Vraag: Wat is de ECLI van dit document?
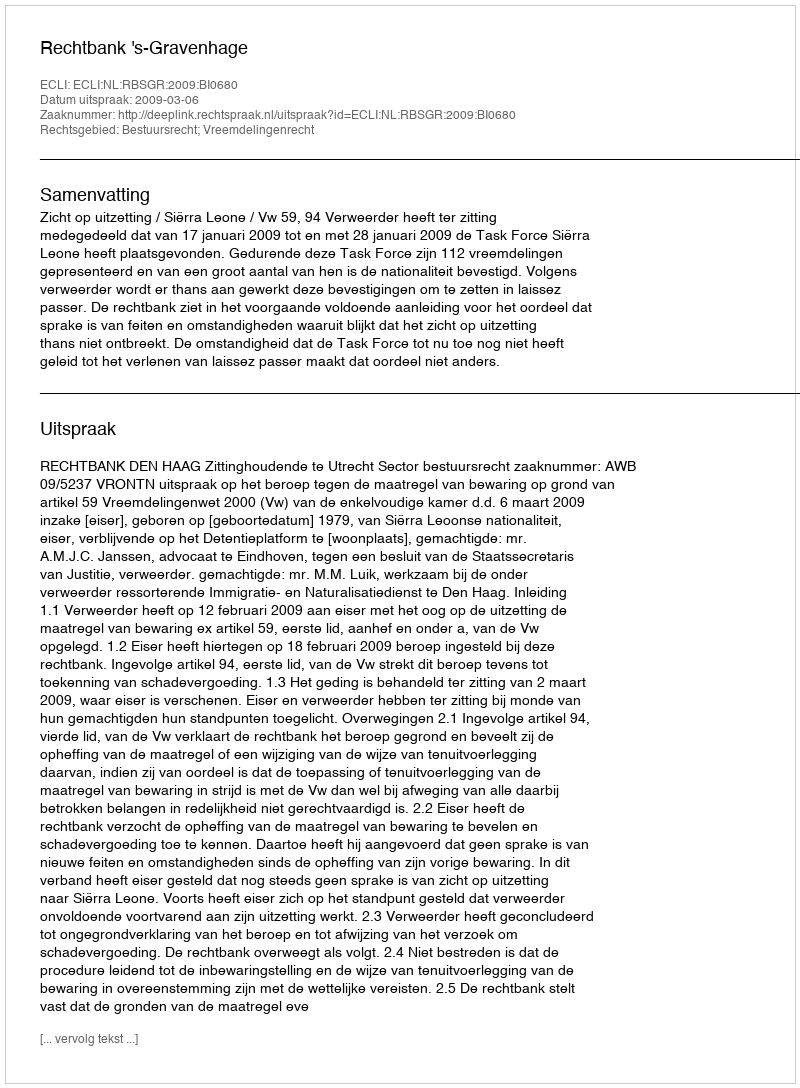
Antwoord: ECLI:NL:RBSGR:2009:BI0680